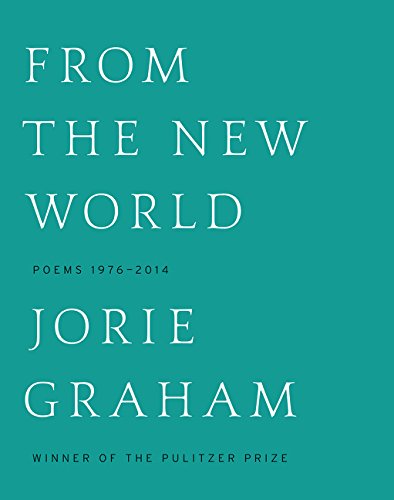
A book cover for From the New World: Poems 1976-2014; Jorie Graham; Literature & Fiction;